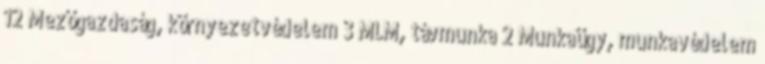
12 Mezőgazdaság, környezetvédelem 3 MLM, távmunka 2 Munkaügy, munkavédelem